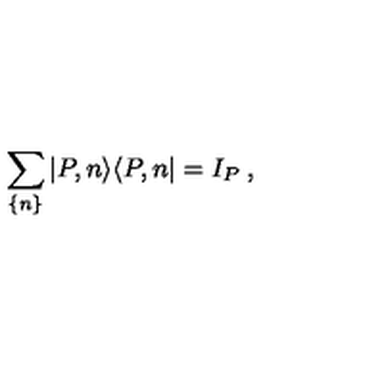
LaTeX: \sum _ { \{ n \} } | P , n \rangle \langle P , n | = I _ { P } \: ,